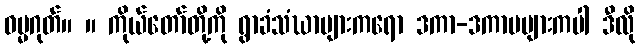
ဓမ္မဂုတ်။ ။ ကိုယ်တော်တို့ကို ရွာခံသံဃာများကရော ဒကာ-ဒကာမများကပါ ဒီလို